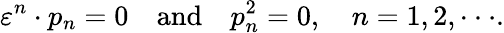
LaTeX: \varepsilon^{n}\cdot p_{n}=0\quad\mathrm{and}\quad p_{n}^{2}=0,\quad n=1,2,\cdot\cdot\cdot.